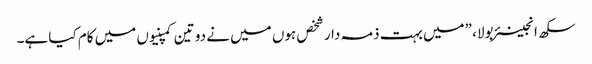
سکھ انجینئر بولا، ”میں بہت ذمہ دار شخص ہوں میں نے دو تین کمپنیوں میں کام کیا ہے۔